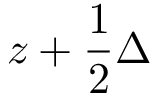
z + \frac 1 2 \Delta